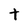
Character: t